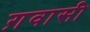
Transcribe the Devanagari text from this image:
ग़वासी